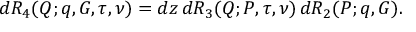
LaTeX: d { \cal R } _ { 4 } ( Q ; q , G , \tau , \nu ) = d z \, d { \cal R } _ { 3 } ( Q ; P , \tau , \nu ) \, d { \cal R } _ { 2 } ( P ; q , G ) .